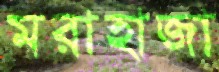
মরাহাজা